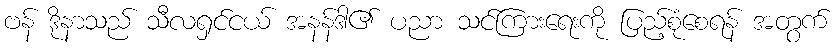
ဗန် ဒိုနာသည် သီလရှင်ငယ် အနန်ဒါ၏ ပညာ သင်ကြားရေးကို ပြည့်စုံစေရန် အတွက်